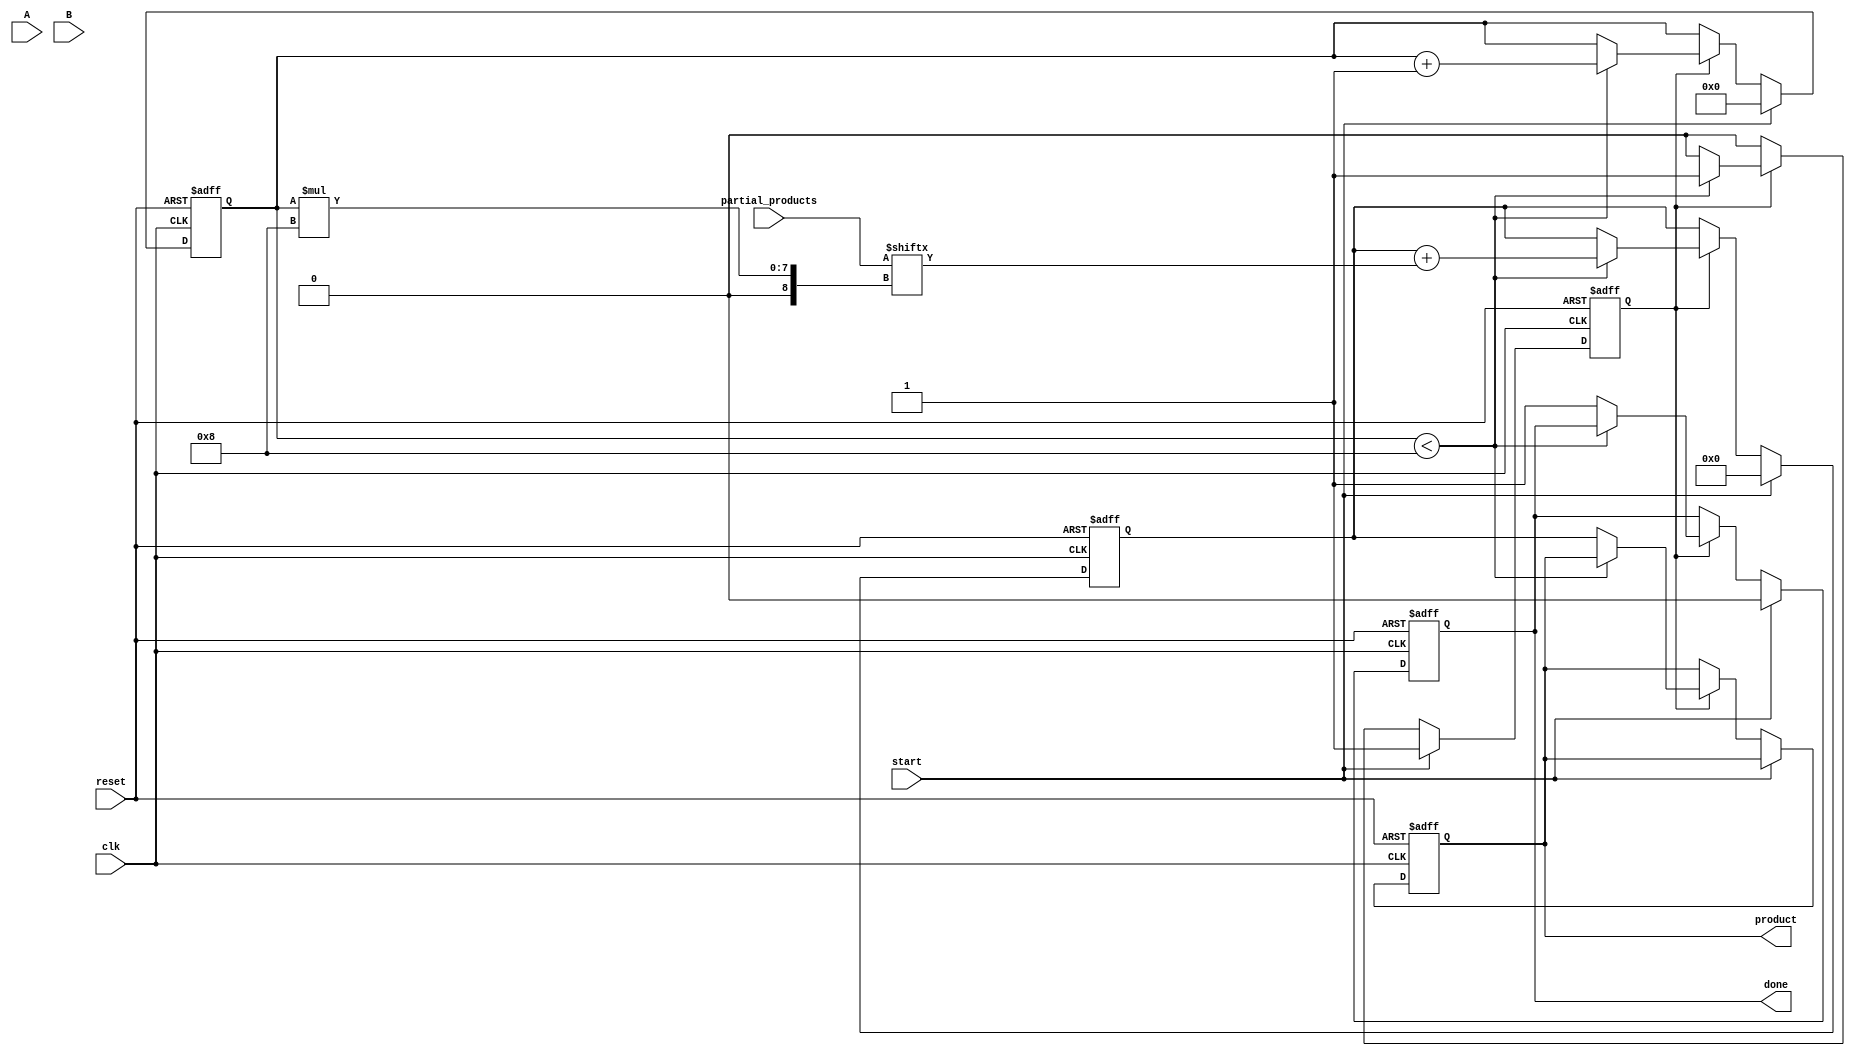
module PartialProductAccumulator #(
    parameter N = 8, // Number of bits in multiplicand A
    parameter M = 8  // Number of bits in multiplier B
)(
    input  wire [N-1:0] A,                  // Multiplicand
    input  wire [M-1:0] B,                  // Multiplier
    input  wire [N+M-1:0] partial_products,  // Bus for partial products
    input  wire start,                       // Start signal
    input  wire reset,                       // Reset signal
    input  wire clk,                         // Clock signal
    output reg [N+M-1:0] product,           // Final accumulated product
    output reg done                          // Done signal
);

    reg [N+M-1:0] accumulator;               // Accumulator for partial products
    reg [3:0] count;                         // Counter to track partial products
    reg accumulating;                        // State flag for accumulation process

    // Reset logic
    always @(posedge clk or posedge reset) begin
        if (reset) begin
            product <= 0;
            accumulator <= 0;
            count <= 0;
            done <= 0;
            accumulating <= 0;
        end else if (start) begin
            // Start accumulation process
            accumulating <= 1;
            accumulator <= 0; // Reset accumulator for new operation
            count <= 0;      // Reset count
            done <= 0;       // Clear done signal
        end else if (accumulating) begin
            if (count < M) begin
                // Add the current partial product to the accumulator
                accumulator <= accumulator + partial_products[(count+1)*N-1:count*N];
                count <= count + 1; // Increment count
            end else begin
                // All partial products have been processed
                product <= accumulator; // Update product output
                done <= 1;              // Set done signal
                accumulating <= 0;      // Stop accumulating
            end
        end
    end

endmodule